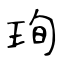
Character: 珣